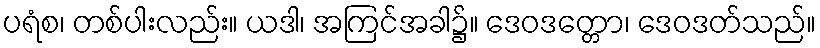
ပရံစ၊ တစ်ပါးလည်း။ ယဒါ၊ အကြင်အခါ၌။ ဒေဝဒတ္တော၊ ဒေဝဒတ်သည်။